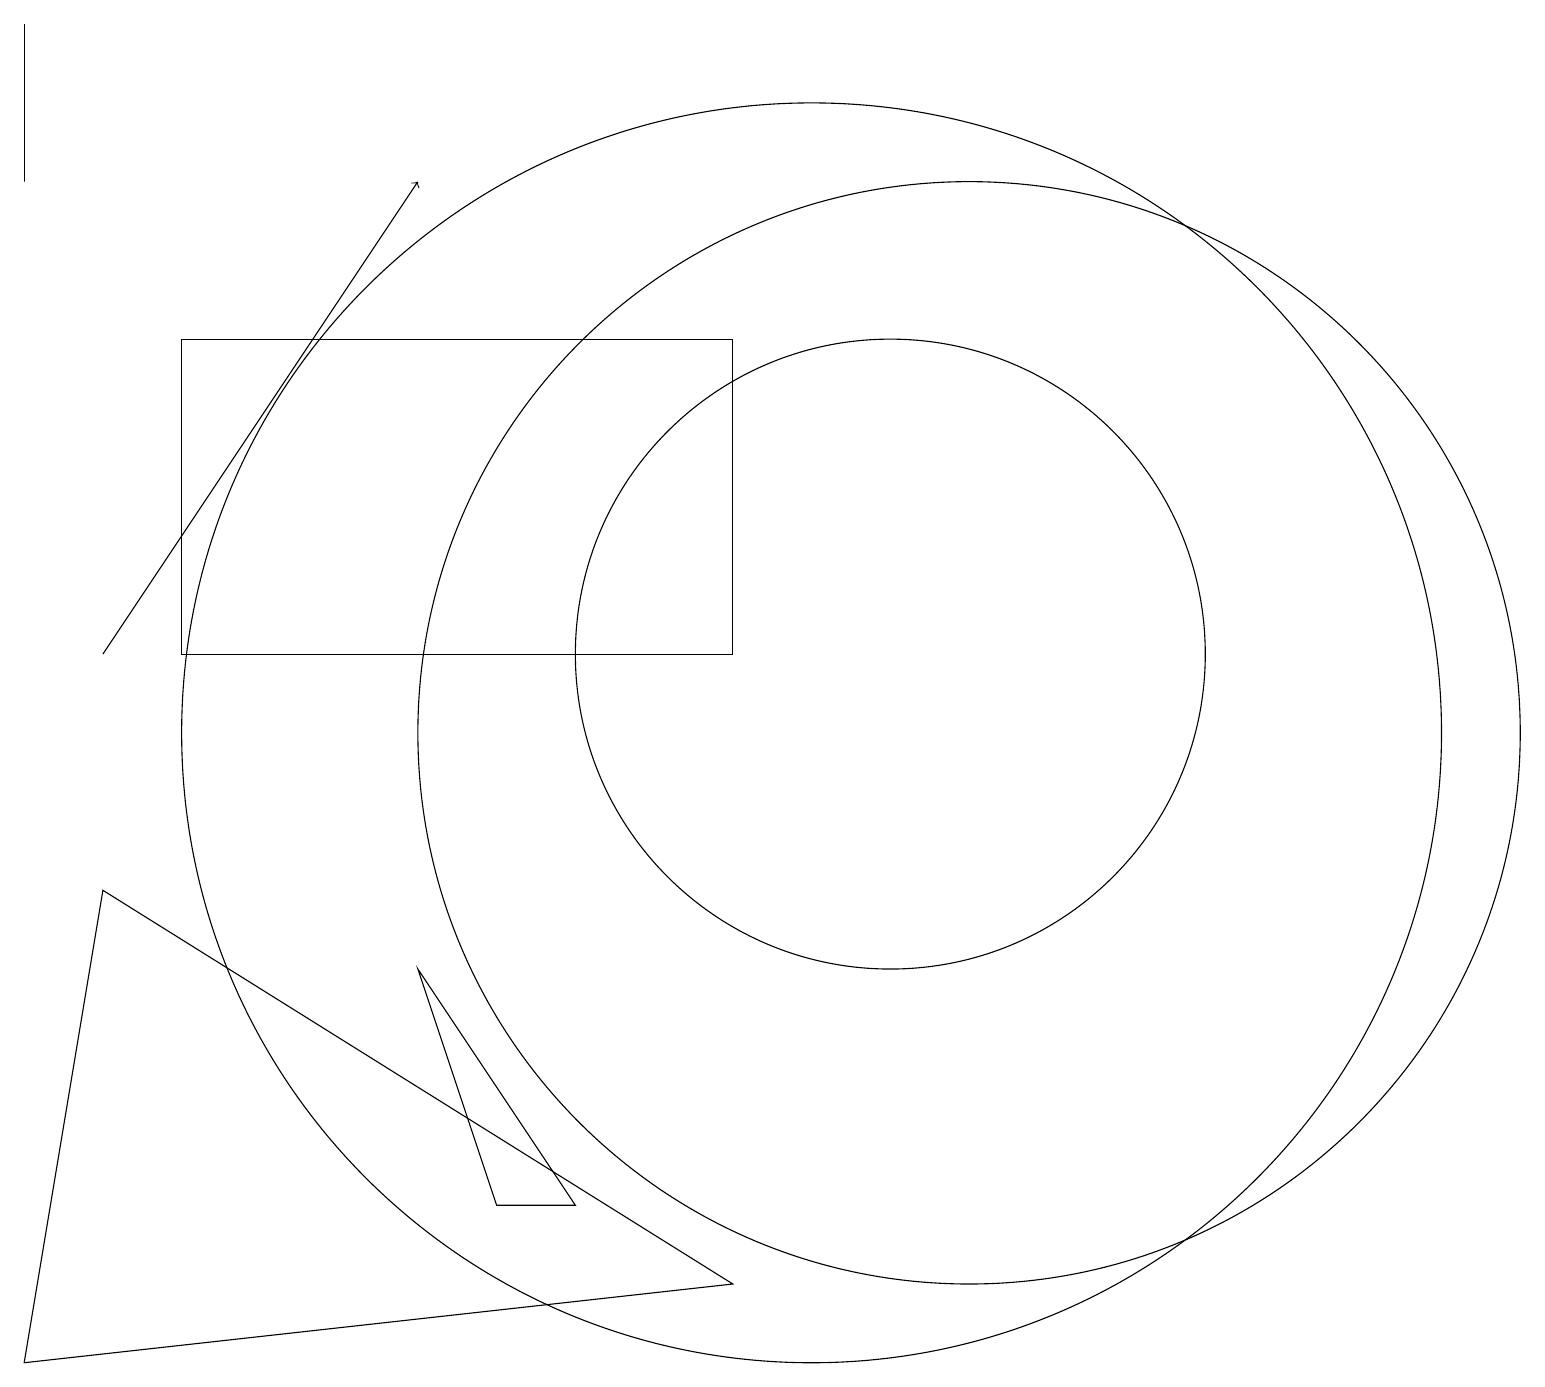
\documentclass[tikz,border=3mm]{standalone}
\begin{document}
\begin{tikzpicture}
\draw (12,10) circle (7);
\draw[->] (1,11) -- (5,17);
\draw (0,19) rectangle (0,17);
\draw (5,7) -- (6,4) -- (7,4) -- cycle;
\draw (0,2) -- (9,3) -- (1,8) -- cycle;
\draw (9,15) rectangle (2,11);
\draw (11,11) circle (4);
\draw (10,10) circle (8);
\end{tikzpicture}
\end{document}